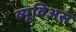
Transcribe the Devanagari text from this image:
व्यूविअस